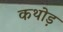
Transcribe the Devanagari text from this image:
कथोड़